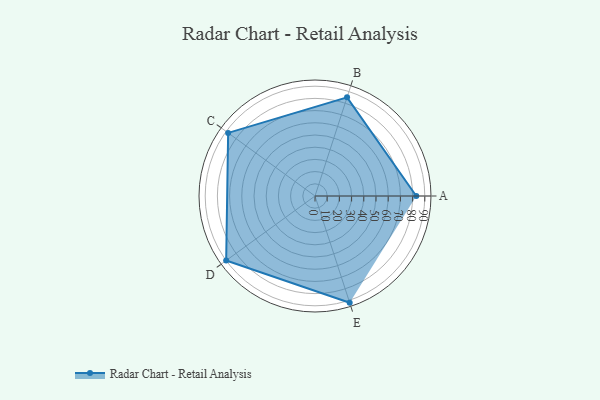
{"axis": {"x": "Skill", "y": "Score"}, "legend": ["Profile"], "data": [{"x": "A", "y": 83.0, "type": "Profile"}, {"x": "B", "y": 85.0, "type": "Profile"}, {"x": "C", "y": 88.0, "type": "Profile"}, {"x": "D", "y": 90.0, "type": "Profile"}, {"x": "E", "y": 92.0, "type": "Profile"}]}